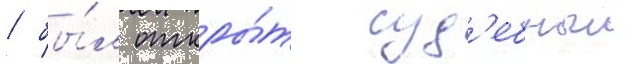
/ бы́л откры́т суд'ебныи